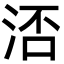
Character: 㳪